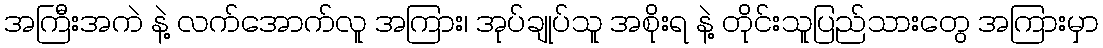
အကြီးအကဲ နဲ့ လက်အောက်လူ အကြား၊ အုပ်ချုပ်သူ အစိုးရ နဲ့ တိုင်းသူပြည်သားတွေ အကြားမှာ